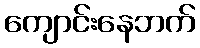
ကျောင်းနေဘက်